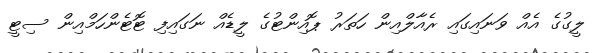
ލީގުގެ އެއް ވަނައިގައި ރެއާލްއިން ހަތަރު ޕޮއިންޓުގެ ލީޑެއް ނަގައިފި ޓޮޓެންހަމްއިން ސިޓީ